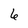
Character: 6